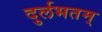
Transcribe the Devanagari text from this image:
दुर्लभतम्